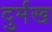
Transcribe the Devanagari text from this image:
दुर्मख